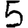
Digit: 5